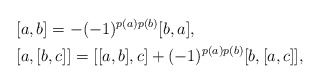
\begin{align*}&[a,b]=-(-1)^{p(a)p(b)}[b,a], \\&[a,[b,c]]=[[a,b],c] + (-1)^{p(a)p(b)}[b,[a,c]], \end{align*}